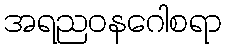
အရညဝနဂေါစရာ